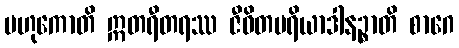
ဗဟုကောတိ ဣတရီတရဿ ဇီဝိတပရိယာဒါနဉ္စာတိ စာဂေ